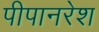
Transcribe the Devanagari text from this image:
पीपानरेश